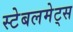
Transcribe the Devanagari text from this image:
स्टेबलमेट्स